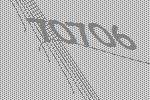
70706